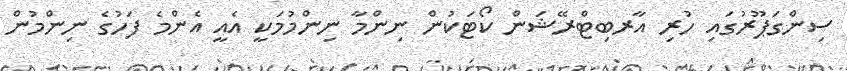
ސިންގަޕޫރުގައި ހުރި އާރބިޓްރޭޝަން ކޯޓަކުން ނިންމާ ނިންމުމަކީ އެއީ އެންމެ ފަހުގެ ނިންމުން